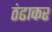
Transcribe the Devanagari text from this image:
ठंढाकर